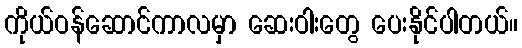
ကိုယ်ဝန်ဆောင်ကာလမှာ ဆေးဝါးတွေ ပေးနိုင်ပါတယ်။